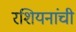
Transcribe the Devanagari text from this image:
रशियनांची